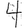
Digit: 4